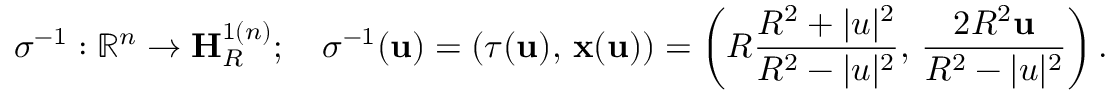
\sigma ^ { - 1 } : \mathbb { R } ^ { n } \rightarrow \mathbf { H } _ { R } ^ { 1 ( n ) } ; \quad \sigma ^ { - 1 } ( \mathbf { u } ) = ( \tau ( \mathbf { u } ) , \, \mathbf { x } ( \mathbf { u } ) ) = \left( R { \frac { R ^ { 2 } + | u | ^ { 2 } } { R ^ { 2 } - | u | ^ { 2 } } } , \, { \frac { 2 R ^ { 2 } \mathbf { u } } { R ^ { 2 } - | u | ^ { 2 } } } \right) .